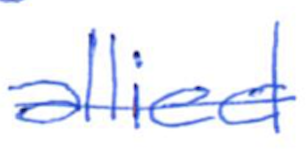
Text: allied
Cross-out: single-line
Writing tool: ballpoint